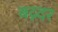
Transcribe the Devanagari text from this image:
बव्न्दर